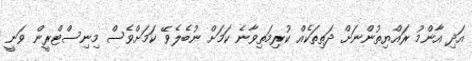
އަދި އާންމު ރައްޔިތުންނަށް ދަތިތަކެއް ކުރިމަތިވާނެ ކަމަށް ނުބެލެވޭ ކަމަށްވެސް މިނިސްޓްރީން ވަނީ